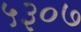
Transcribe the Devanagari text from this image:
५३०७